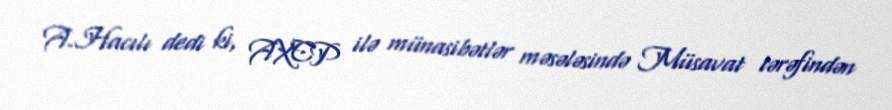
A.Hacılı dedi ki, AXCP ilə münasibətlər məsələsində Müsavat tərəfindən